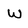
Character: W